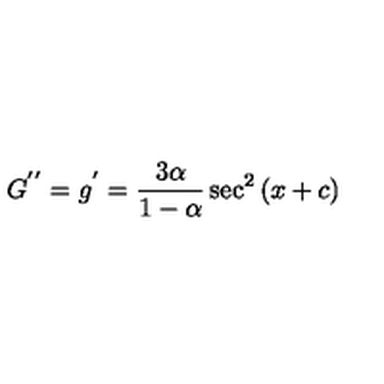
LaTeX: G ^ { ' ^ { \prime } } = g ^ { ' } = \frac { 3 \alpha } { 1 - \alpha } \sec ^ { 2 } { ( x + c ) }